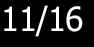
11/16